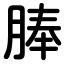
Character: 䏾